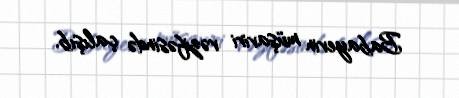
Babayevin müşaviri vəzifəsində çalışıb.